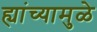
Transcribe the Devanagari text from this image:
ह्यांच्यामुळे